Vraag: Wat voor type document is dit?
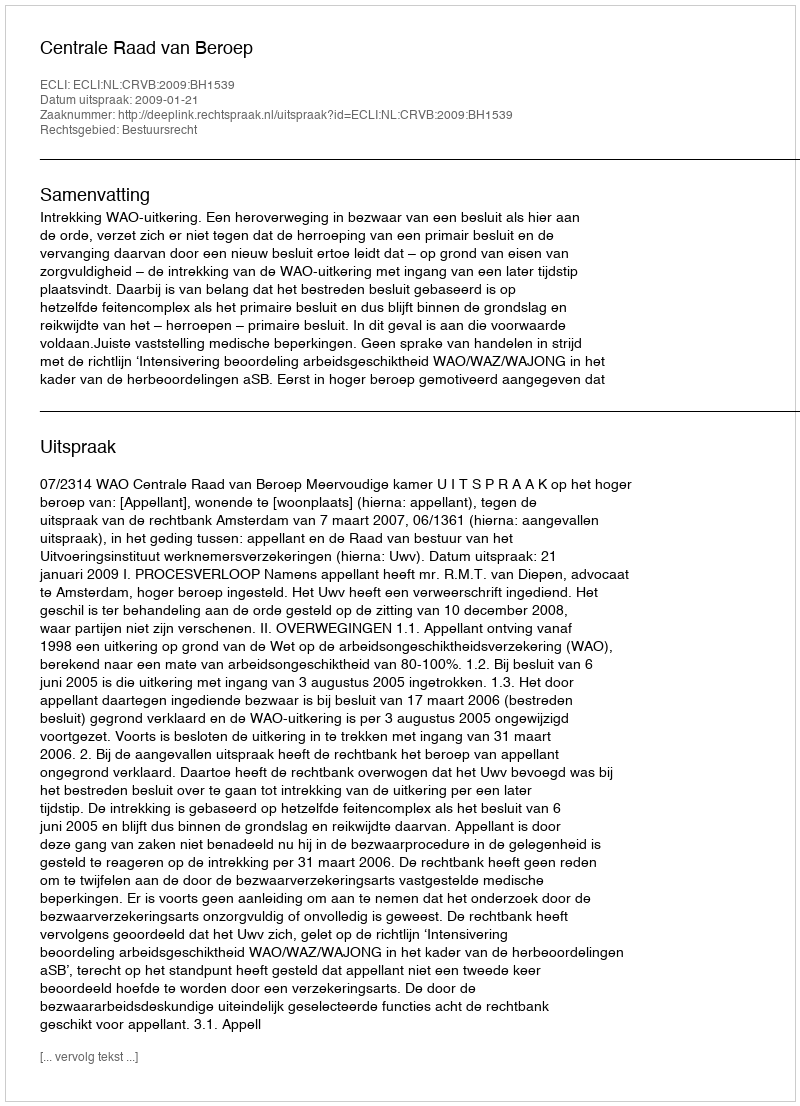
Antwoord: Uitspraak